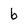
Character: b